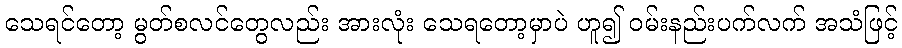
သေရင်တော့ မွတ်စလင်တွေလည်း အားလုံး သေရတော့မှာပဲ ဟူ၍ ဝမ်းနည်းပက်လက် အသံဖြင့်